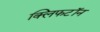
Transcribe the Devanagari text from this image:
क्लिफटॉन